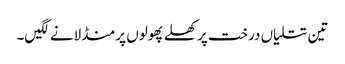
تین تتلیاں درخت پر کھلے پھولوں پر منڈلانے لگیں۔